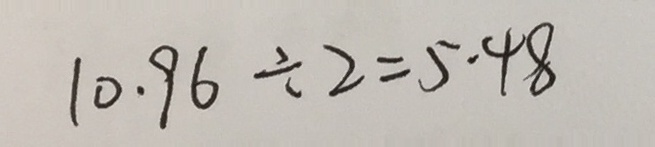
1 0 . 9 6 \div 2 = 5 . 4 8